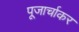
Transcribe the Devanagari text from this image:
पूजार्चाकर